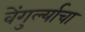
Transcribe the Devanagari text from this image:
वेंगुर्ल्याचा